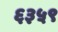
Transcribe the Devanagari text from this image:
६३५९